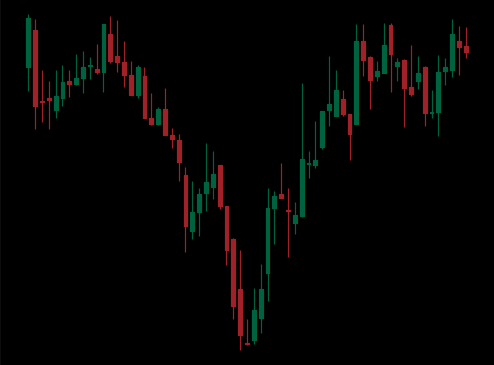
Pattern: inverse_head_shoulders